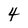
Character: 4